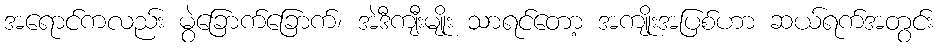
အရောင်ကလည်း မွဲခြောက်ခြောက်၊ အဲဒီကျီးမျိုး သာရင်တော့ အကျိုးအပြစ်ဟာ ဆယ်ရက်အတွင်း